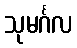
သုမင်္ဂလ